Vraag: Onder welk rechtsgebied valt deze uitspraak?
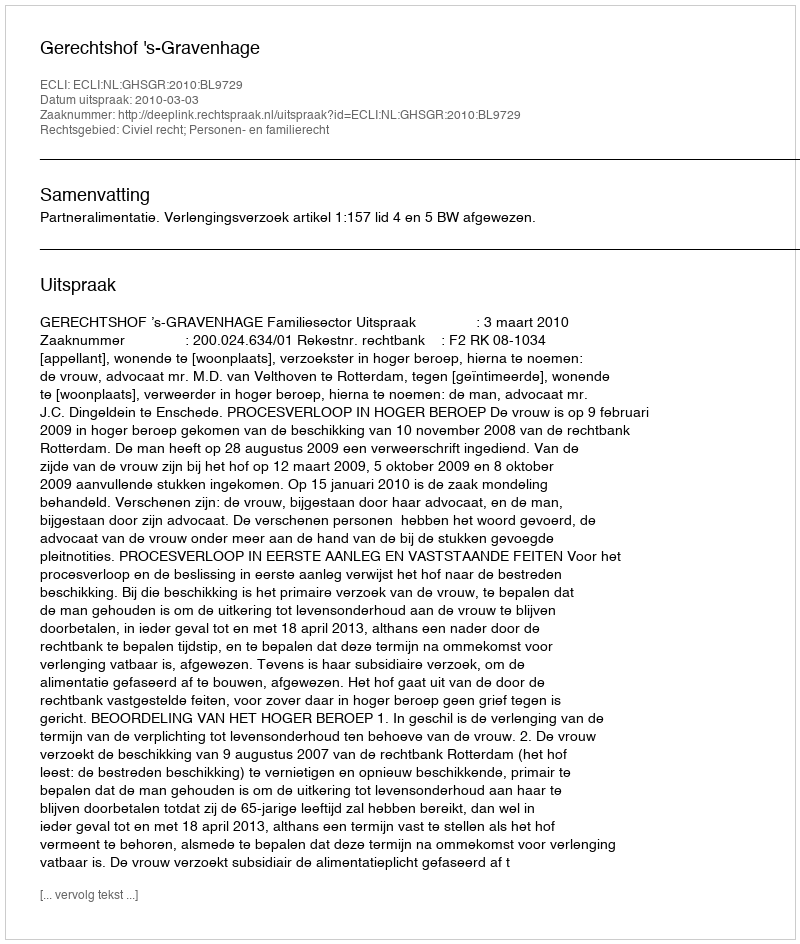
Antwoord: Civiel recht; Personen- en familierecht